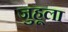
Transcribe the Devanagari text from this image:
जुहूला